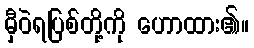
မှီဝဲရပြစ်တို့ကို ဟောထား၏။